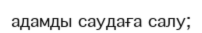
адамды саудаға салу;